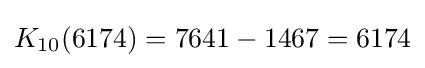
K_{10}(6174)=7641-1467=6174